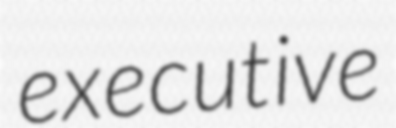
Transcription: executive